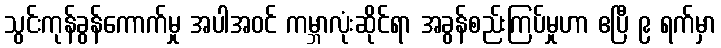
သွင်းကုန်ခွန်ကောက်မှု အပါအဝင် ကမ္ဘာလုံးဆိုင်ရာ အခွန်စည်းကြပ်မှုဟာ ဧပြီ ၉ ရက်မှာ